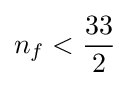
n_{f}<{33 \over 2}